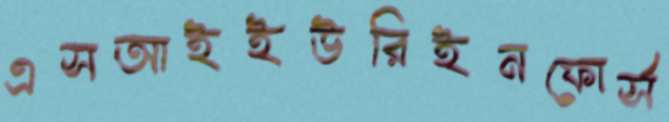
এসআইইউরিইনফোর্স